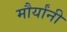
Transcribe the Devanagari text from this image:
मौर्यांनी